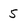
Character: 5